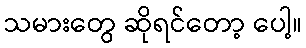
သမားတွေ ဆိုရင်တော့ ပေါ့။